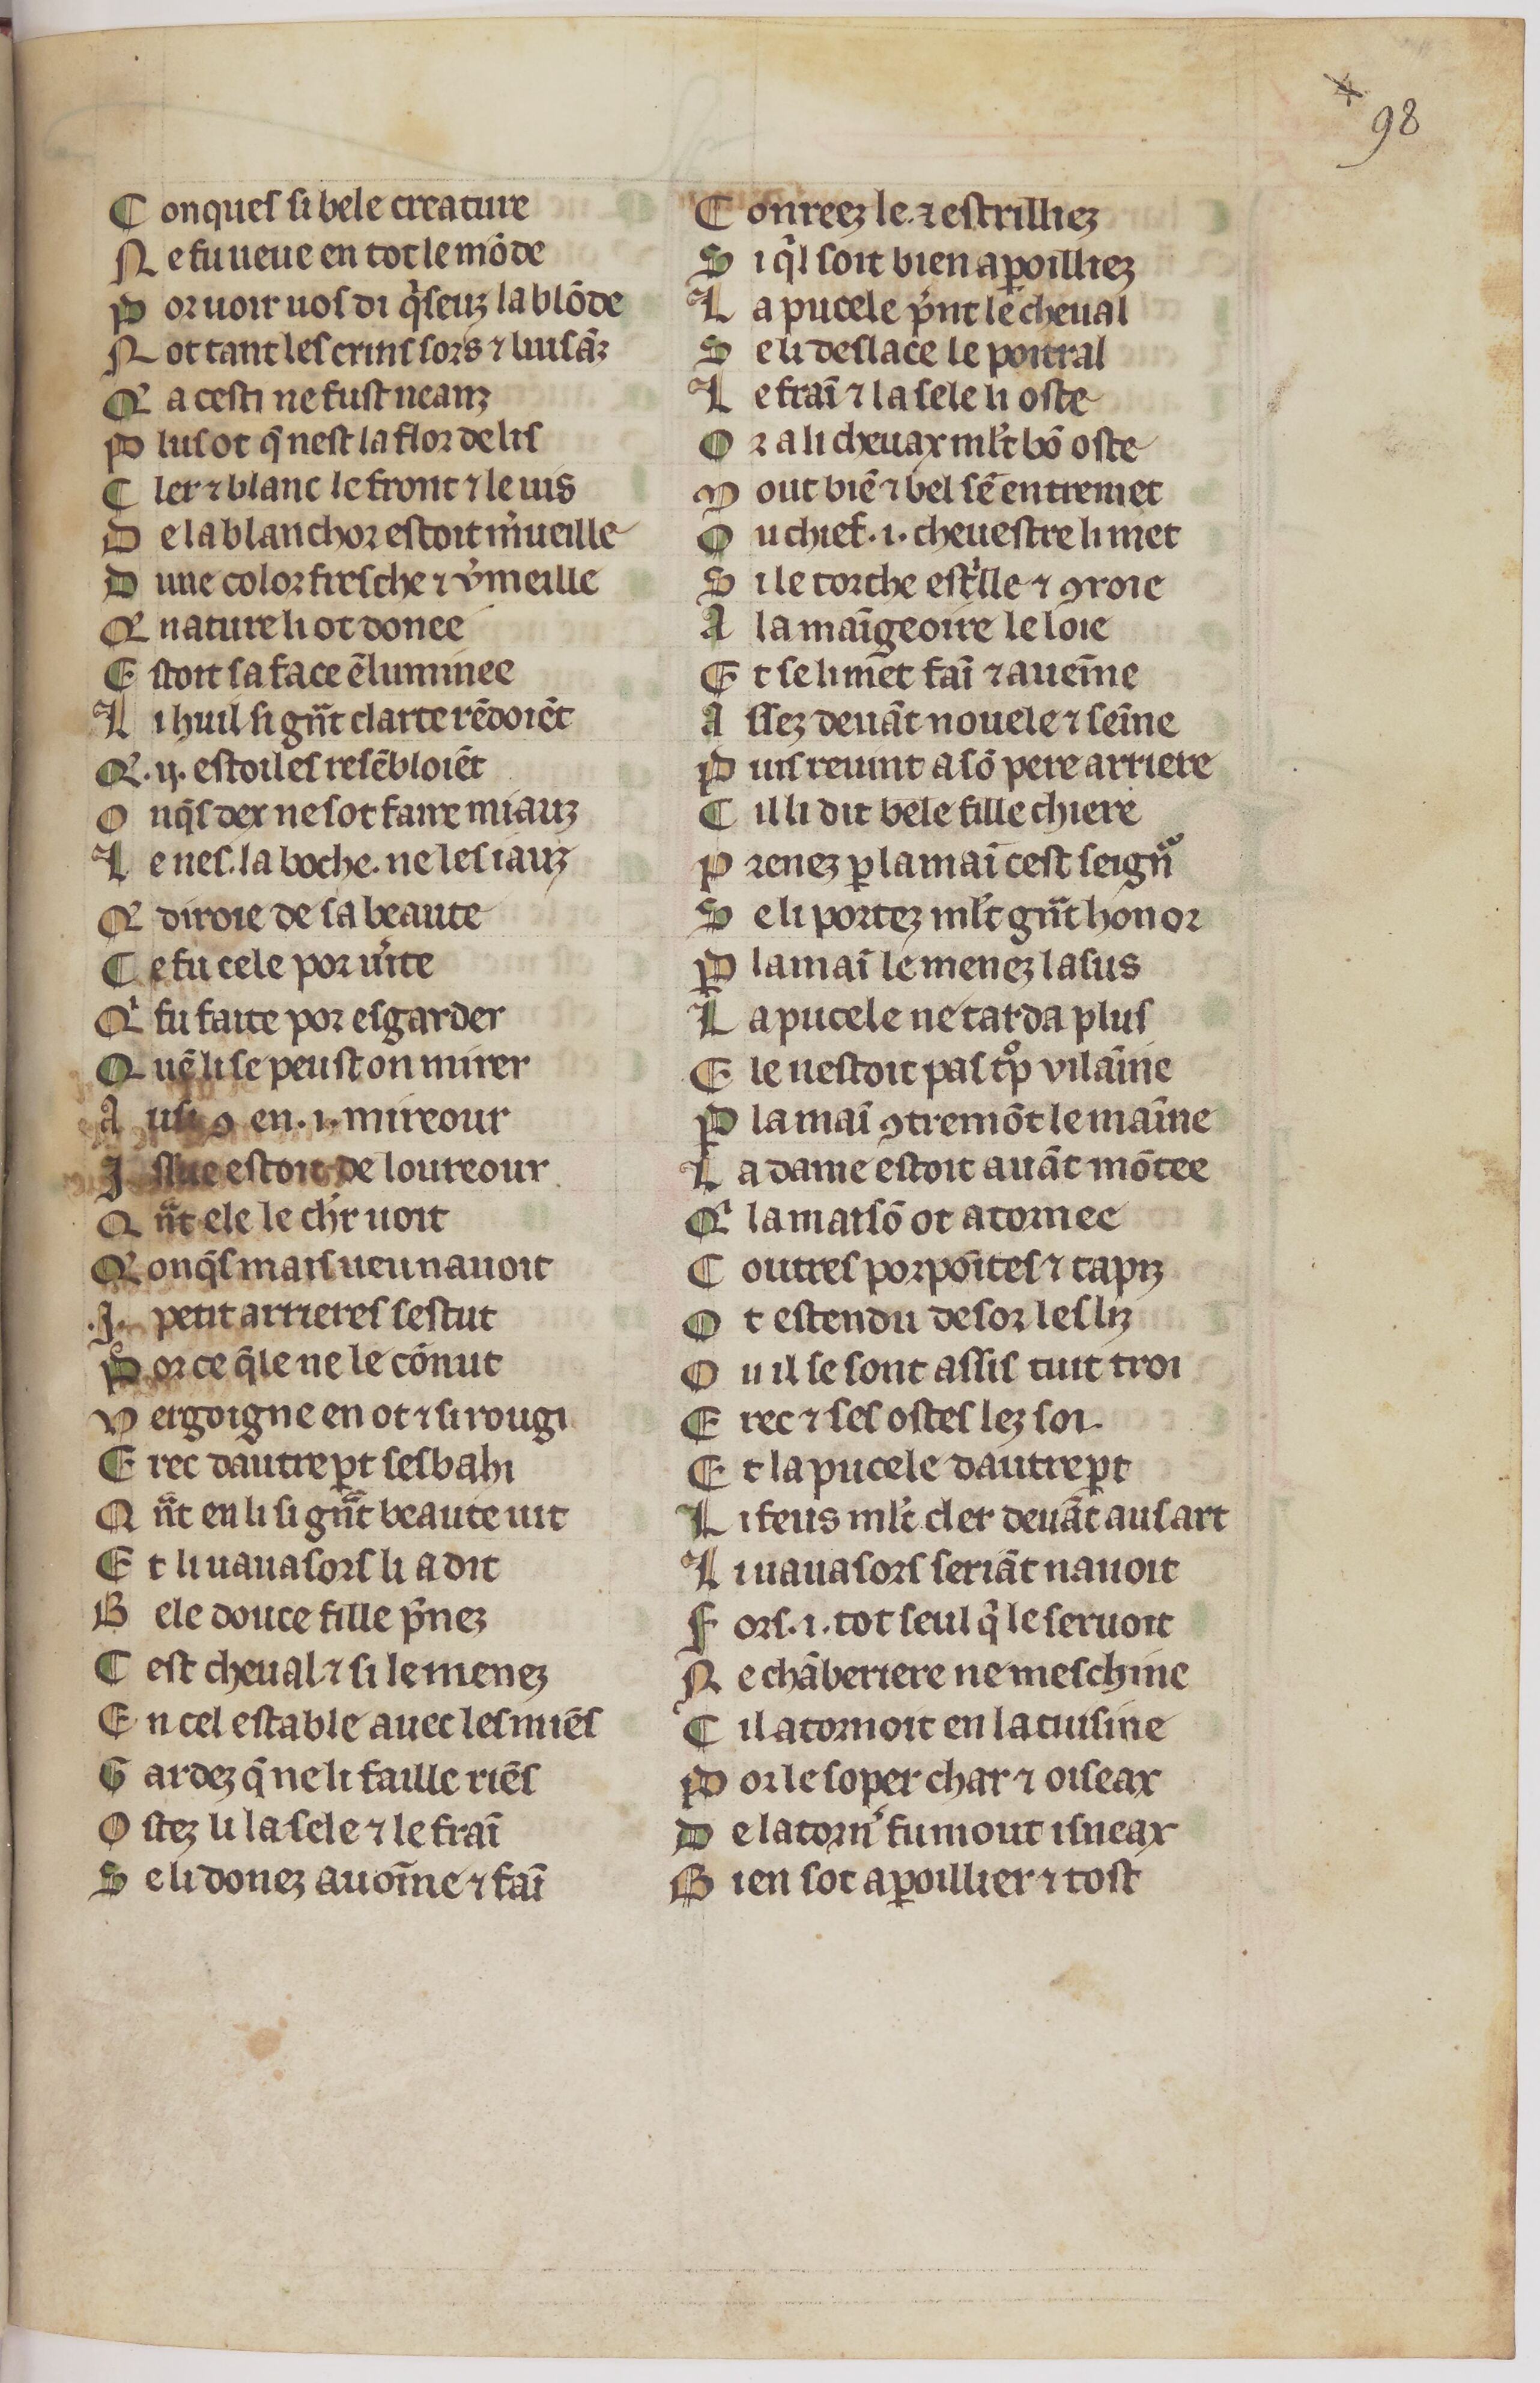
Shelfmark: Paris, BnF, fr. 1376
Century: 14